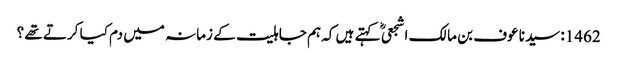
1462: سیدنا عوف بن مالک اشجعیؓ کہتے ہیں کہ ہم جاہلیت کے زمانہ میں دم کیا کرتے تھے ؟